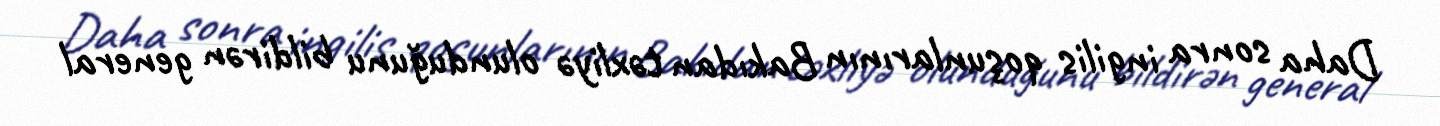
Daha sonra ingilis qoşunlarının Bakıdan təxliyə olunduğunu bildirən general